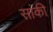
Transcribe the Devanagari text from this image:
सांकी